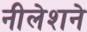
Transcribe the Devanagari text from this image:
नीलेशने